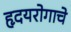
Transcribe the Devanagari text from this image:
हृदयरोगाचे